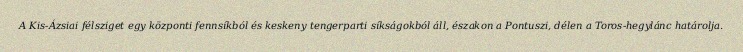
A Kis-Ázsiai félsziget egy központi fennsíkból és keskeny tengerparti síkságokból áll, északon a Pontuszi, délen a Toros-hegylánc határolja.